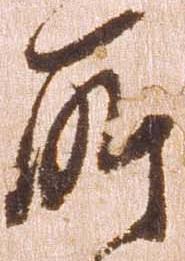
所